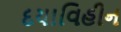
દયાવિહીન